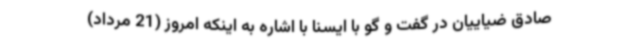
صادق ضیاییان در گفت و گو با ایسنا با اشاره به اینکه امروز (21 مرداد)